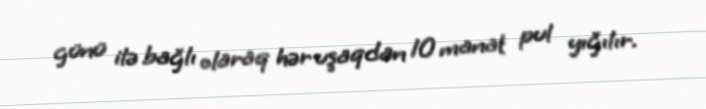
günü ilə bağlı olaraq hər uşaqdan 10 manat pul yığılır.